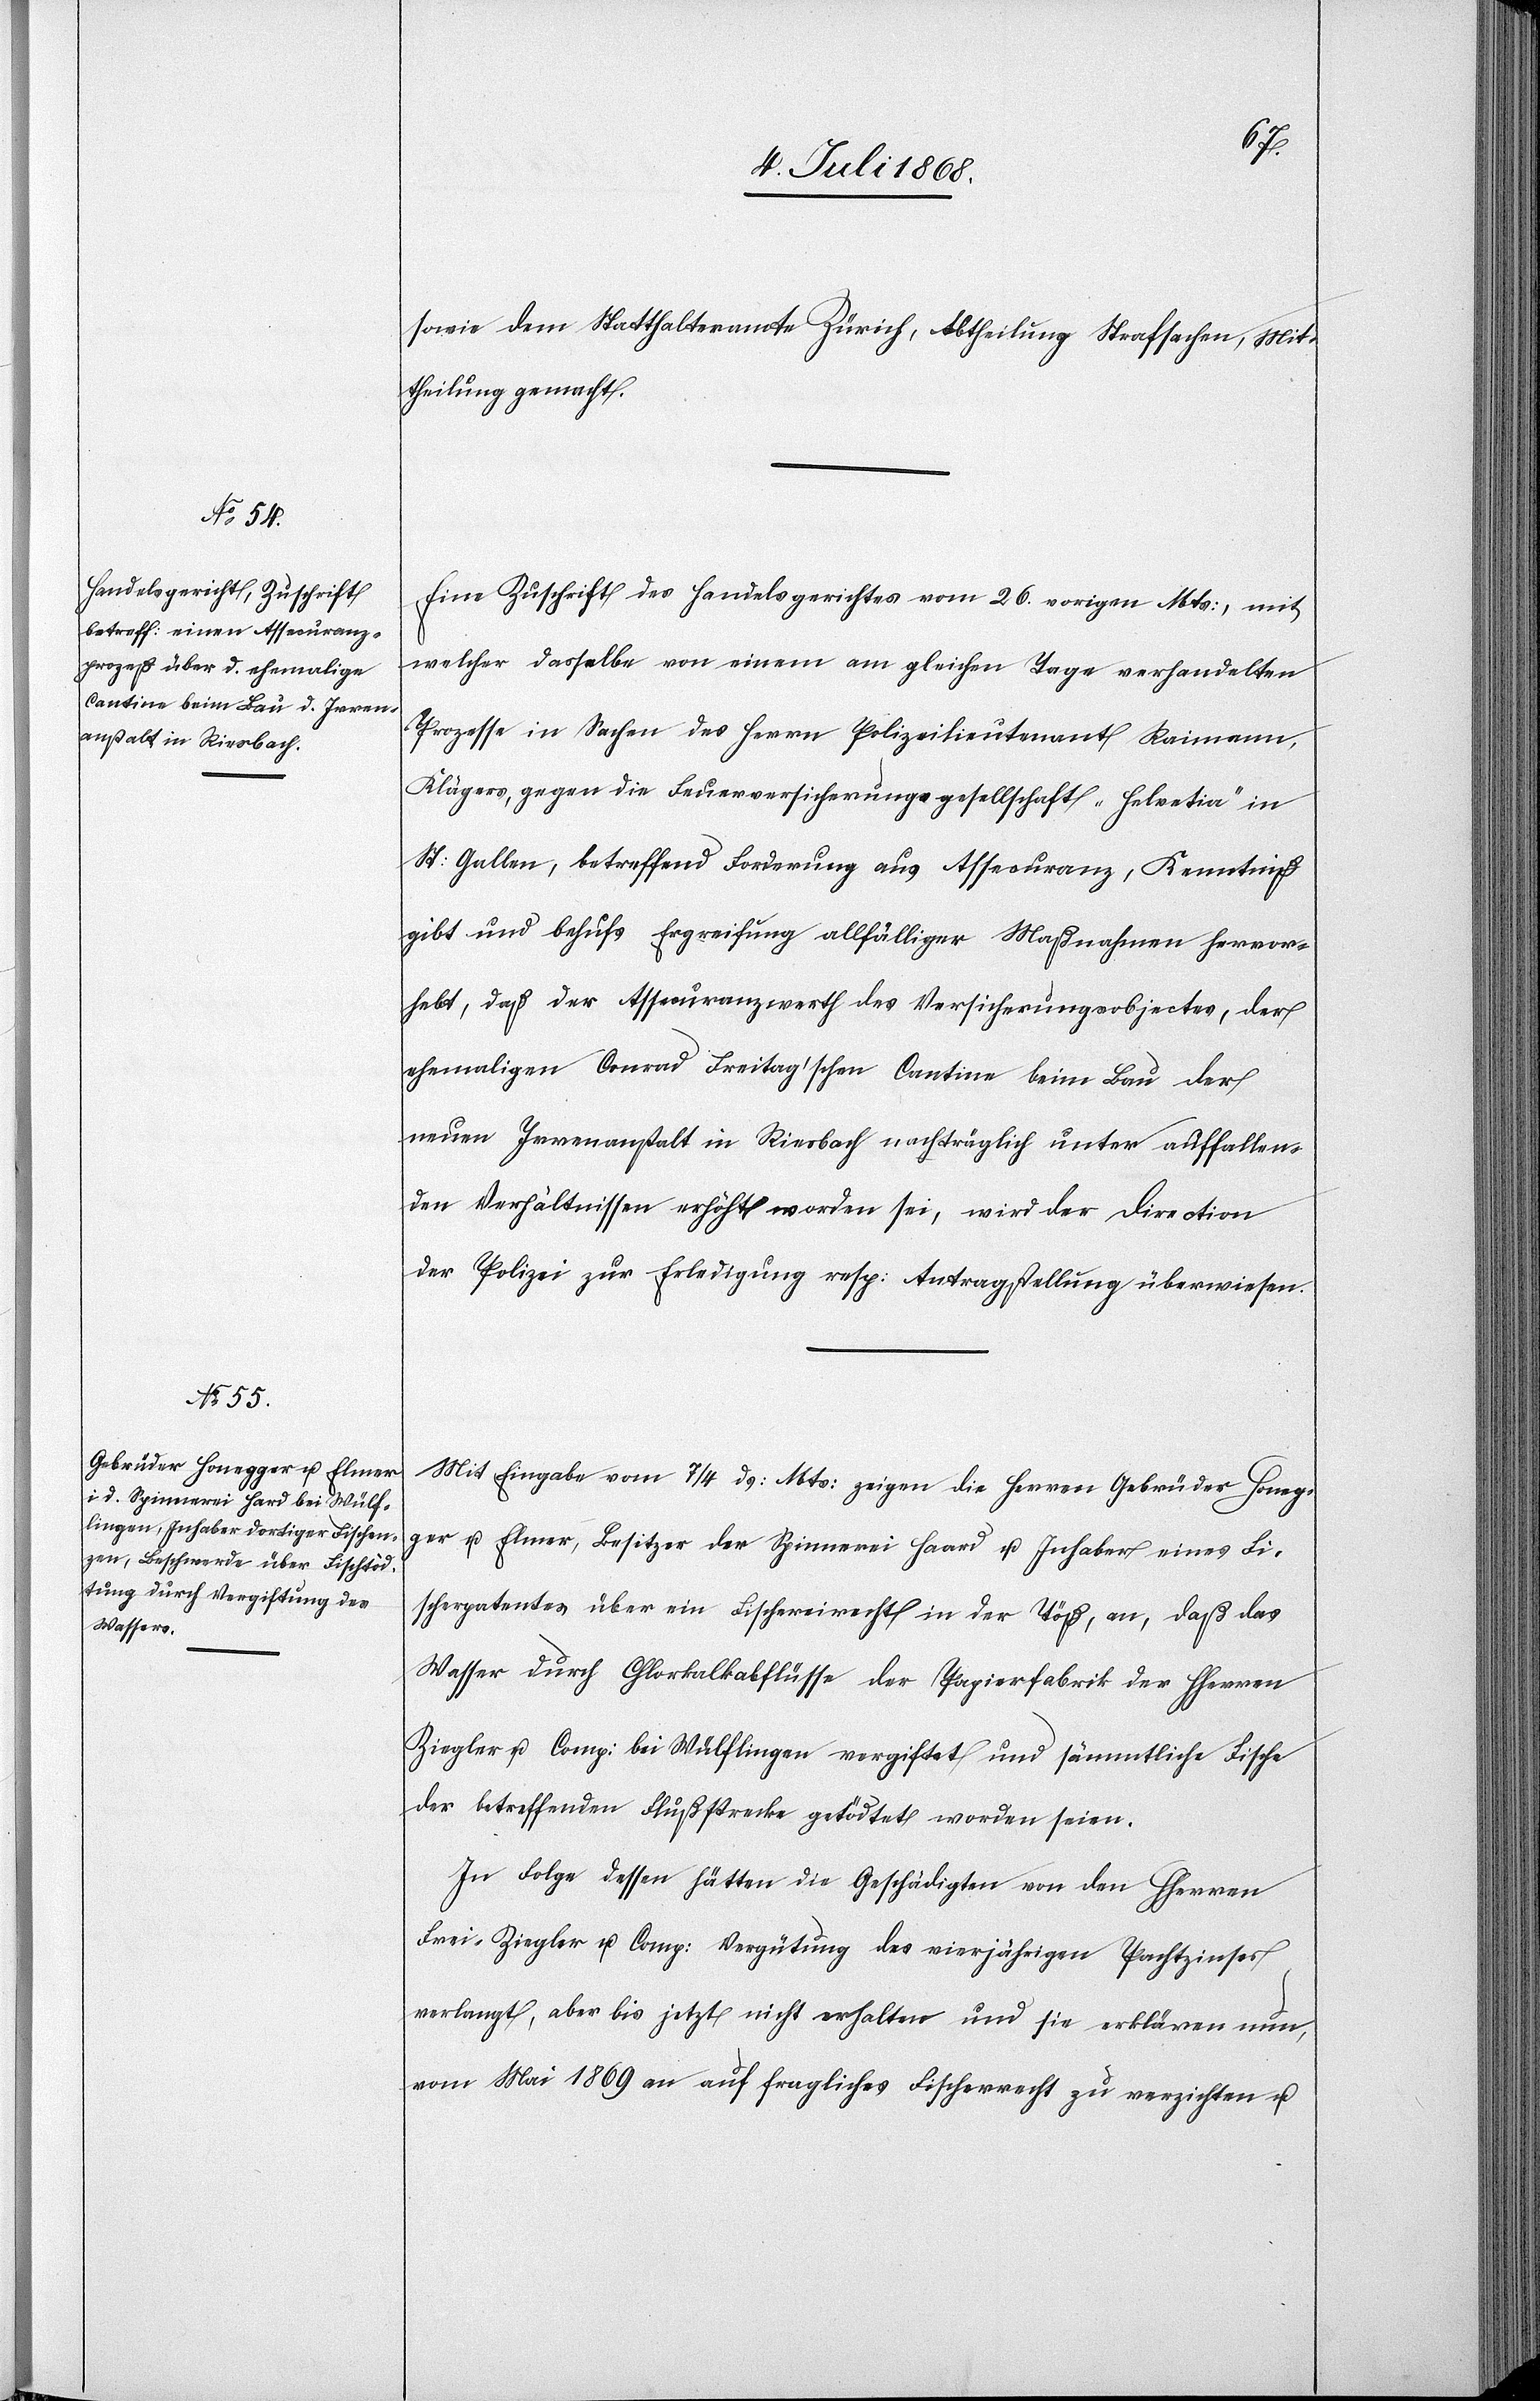
sowie dem Statthalteramte Zürich, Abtheilung Strafsachen, Mit¬
theilung gemacht.
Eine Zuschrift des Handelsgerichtes vom 26. vorigen Mts:, mit
welcher dasselbe von einem am gleichen Tage verhandelten
Prozesse in Sachen des Herrn Polizeilieutenant Raimann,
Klägers, gegen die Feuerversicherungsgesellschaft „Helvetia“ in
St: Gallen, betreffend Forderung aus Assecuranz, Kenntniß
gibt und behufs Ergreifung allfälliger Maßnahmen hervor¬
hebt, daß der Assecuranzwerth des Versicherungsobjectes, der
neuen Irrenanstalt in Riesbach nachträglich unter auffallen¬
den Verhältnissen erhöht worden sei, wird der Direction
der Polizei zur Erledigung resp: Antragstellung überwiesen.
Mit Eingabe vom 7/4 ds: Mts: zeigen die Herren Gebrüder Honeg¬
ger u. Elmer, Besitzer der Spinnerei Haard u. Inhaber eines Fi¬
scherpatentes über ein Fischereirecht in der Töß, an, daß das
Wasser durch Chlorkalkabflüsse der Papierfabrik der HHerren
Ziegler u. Comp: bei Wülflingen vergiftet und sämmtliche Fische
der betreffenden Flußstrecke getödtet worden seien.
In Folge dessen hätten die Geschädigten von den HHerren
Frei-Ziegler u. Comp: Vergütung des vierjährigen Pachtzinses
verlangt, aber bis jetzt nicht erhalten und sie erklären nun,
vom Mai 1869 an auf fragliches Fischerrecht zu verzichten u.